Indian journal of veterinary science and animal husbandry - Volumes 26-27, 1956-1957
Year: 1956
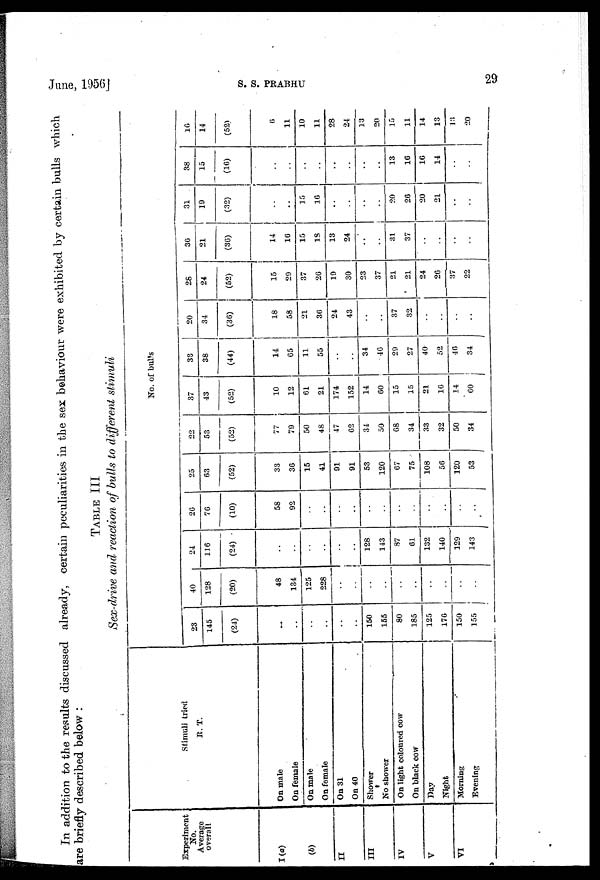
June,
1956]
S.
S.
PRABHU
29
In addition to the results discussed already, certain peculiarities in the sex behaviour were exhibited by certain bulls which
are briefly described below :
TABLE III
Sex-drive and reaction of bulls to different stimuli
Experiment
No.
Average
overall
I (a)
(b)
II
III
IV
V
VI
Stimuli tried
R. T.
On male
On female
On male
On female
On 31
On 40
Shower
No shower
On light coloured cow
On black cow
Day
Night
Morning
Evening
No. of bulls
23
145
(24)
..
..
..
..
..
..
150
155
80
125
125
176
150
155
40
128
(20)
48
134
125
228
..
..
..
..
..
..
..
..
..
..
24
116
(24)
..
..
..
..
..
..
128
143
87
61
132
140
129
143
26
76
(10)
58
92
..
..
..
..
..
..
..
..
..
..
..
..
25
63
(52)
33
36
15
41
91
91
53
120
67
75
108
56
120
53
22
53
(52)
77
79
50
48
47
62
34
50
68
34
33
32
50
34
37
43
(52)
10
12
61
21
174
152
14
60
15
15
21
16
14
60
33
38
(44)
14
65
11
55
..
..
34
46
29
27
40
52
46
34
20
34
(36)
18
58
21
36
24
43
..
..
37
32
..
..
..
..
28
24
(52)
15
29
37
26
19
30
23
37
21
21
24
26
37
22
36
21
(36)
14
16
15
18
13
24
..
..
31
37
..
..
..
..
31
19
(32)
..
..
15
16
..
..
..
..
20
26
20
21
..
..
38
15
(16)
..
..
..
..
..
..
..
..
13
16
16
14
..
..
16
14
(52)
6
11
10
11
28
24
13
20
15
11
14
13
13
20